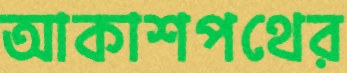
আকাশপথের